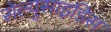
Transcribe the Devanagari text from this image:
सेल्युसाइडिस